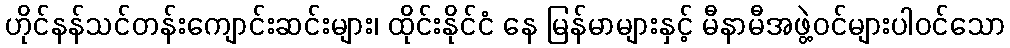
ဟိုင်နန်သင်တန်းကျောင်းဆင်းများ၊ ထိုင်းနိုင်ငံ နေ မြန်မာများနှင့် မီနာမီအဖွဲ့ဝင်များပါဝင်သော